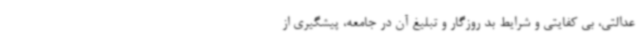
عدالتی، بی کفایتی و شرایط بد روزگار و تبلیغ آن در جامعه، پیشگیری از